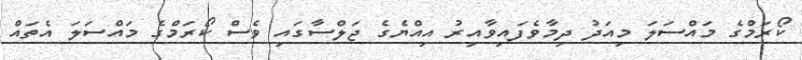
ކޯރަމްގެ މައްސަލަ މިއަދު ދިމާވެފައިވާއިރު އިއްޔެގެ ޖަލްސާގައި ވެސް ކޯރަމްގެ މައްސަލަ އެތައް